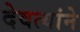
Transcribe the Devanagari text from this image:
देवत्यांने